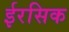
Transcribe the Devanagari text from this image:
ईरसिक